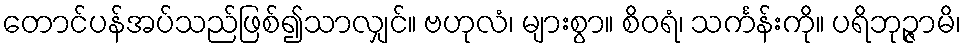
တောင်ပန်အပ်သည်ဖြစ်၍သာလျှင်။ ဗဟုလံ၊ များစွာ။ စိဝရံ၊ သင်္ကန်းကို။ ပရိဘုဉ္ဇာမိ၊